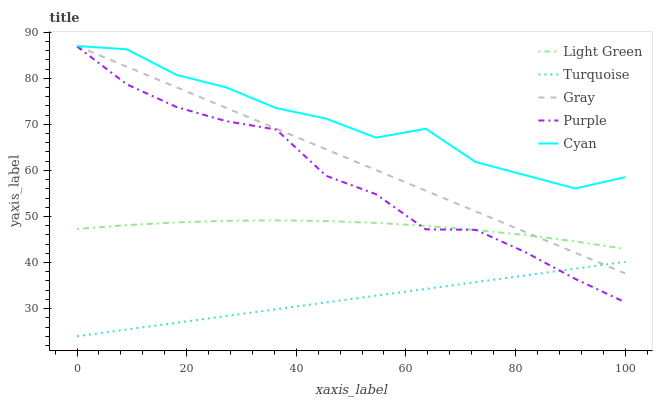
| xaxis_label | Light Green | Turquoise | Gray | Purple | Cyan |
 | --- | --- | --- | --- | --- | --- |
 | 0 | 47.3 | 24 | 87 | 86.9 | 87 |
 | 9.09 | 48.1 | 25.5 | 82.5 | 78.7 | 86.3 |
 | 18.2 | 48.7 | 26.9 | 78 | 73.7 | 80.7 |
 | 27.3 | 49.1 | 28.4 | 73.5 | 70.7 | 78 |
 | 36.4 | 49.2 | 29.9 | 69.1 | 68.9 | 73.5 |
 | 45.5 | 49 | 31.3 | 64.6 | 58.8 | 71.2 |
 | 54.5 | 48.6 | 32.8 | 60.1 | 54.8 | 67.1 |
 | 63.6 | 48 | 34.3 | 55.6 | 47.2 | 69 |
 | 72.7 | 47.1 | 35.7 | 51.1 | 47.1 | 61.8 |
 | 81.8 | 46 | 37.2 | 46.6 | 42.2 | 59 |
 | 90.9 | 44.6 | 38.7 | 42.1 | 36.4 | 56.1 |
 | 100 | 43 | 40.1 | 37.6 | 31.4 | 58.5 |